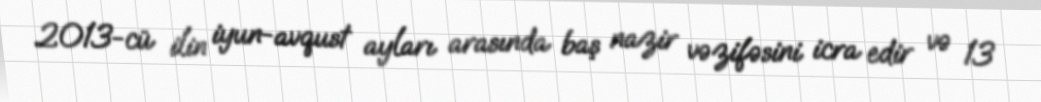
2013-cü ilin iyun-avqust ayları arasında baş nazir vəzifəsini icra edir və 13